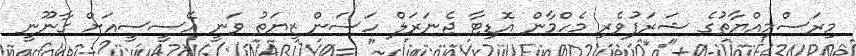
މިރަސްމިއްޔާތުގެ ޝަރަފުވެރި މެހްމާން އޮޑިޓާ ޖެނަރަލް ހަސަން ޒިޔަތު ވަނީ އޭސީސީއަށް ގާނޫނީ